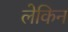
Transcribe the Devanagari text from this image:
लेकिन